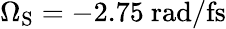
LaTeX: \Omega_{\mathrm{{S}}}=-2.75~\mathrm{rad/fs}